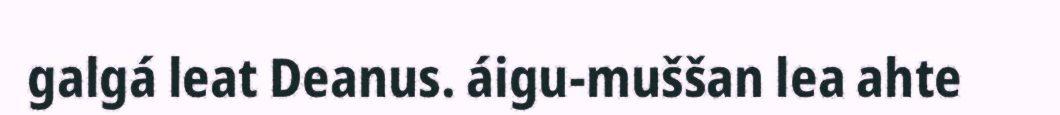
galgá leat Deanus. áigu-muššan lea ahte